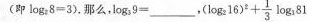
(即log_{2}8=3),那么，long_{3}9=___，(log_{2}16)^2+ \frac {1}{3}long_{3}81